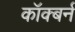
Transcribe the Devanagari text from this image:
कॉक्बर्न